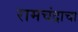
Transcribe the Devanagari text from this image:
रामचंद्राचा